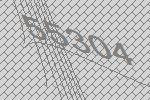
55304